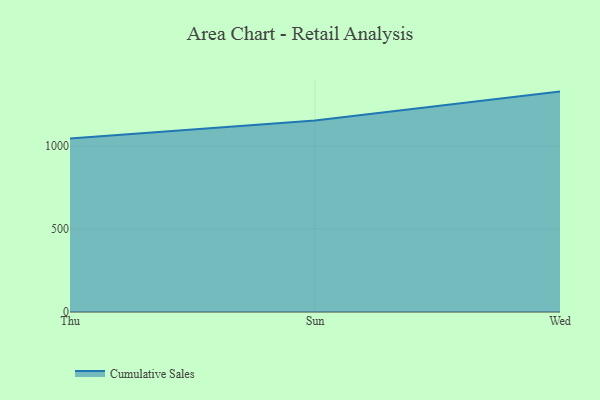
{"axis": {"x": "Day", "y": "Production Output"}, "legend": ["Cumulative Sales"], "data": [{"x": "Thu", "y": 1045.0, "type": "Cumulative Sales"}, {"x": "Sun", "y": 1153.7, "type": "Cumulative Sales"}, {"x": "Wed", "y": 1327.1, "type": "Cumulative Sales"}]}